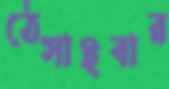
ঠেসাইবার